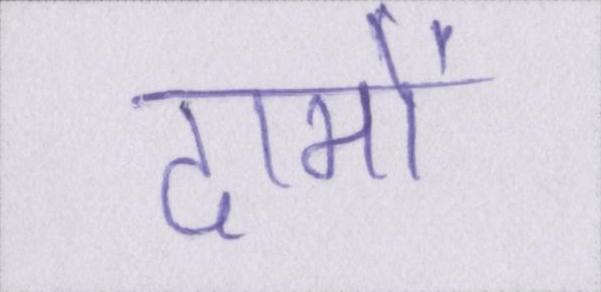
दामों